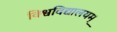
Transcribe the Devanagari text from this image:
विश्वविद्यालयम्‌